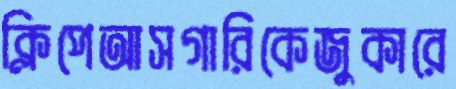
ক্লিপেআসগারিকেজুকারে